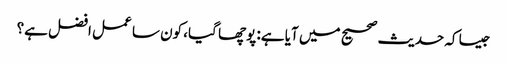
جیسا کہ حدیث صحیح میں آیا ہے: پوچھا گیا، کون سا عمل افضل ہے؟